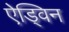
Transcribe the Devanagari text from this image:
ऐड्विन